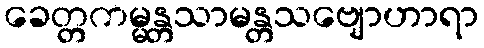
ခေတ္တကမ္မန္တသာမန္တသဗျောဟာရာ